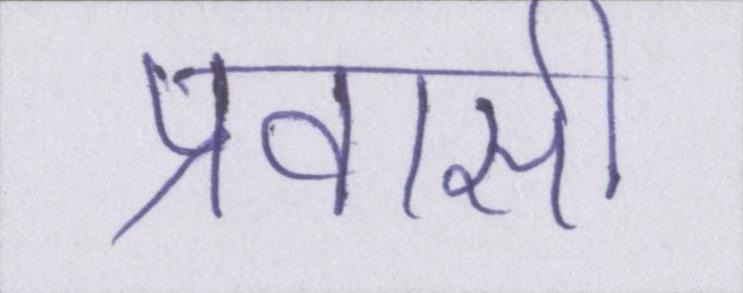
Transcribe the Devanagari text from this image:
प्रवासी